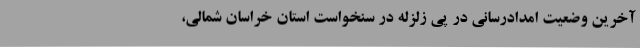
آخرین وضعیت امدادرسانی در پی زلزله در سنخواست استان خراسان شمالی،